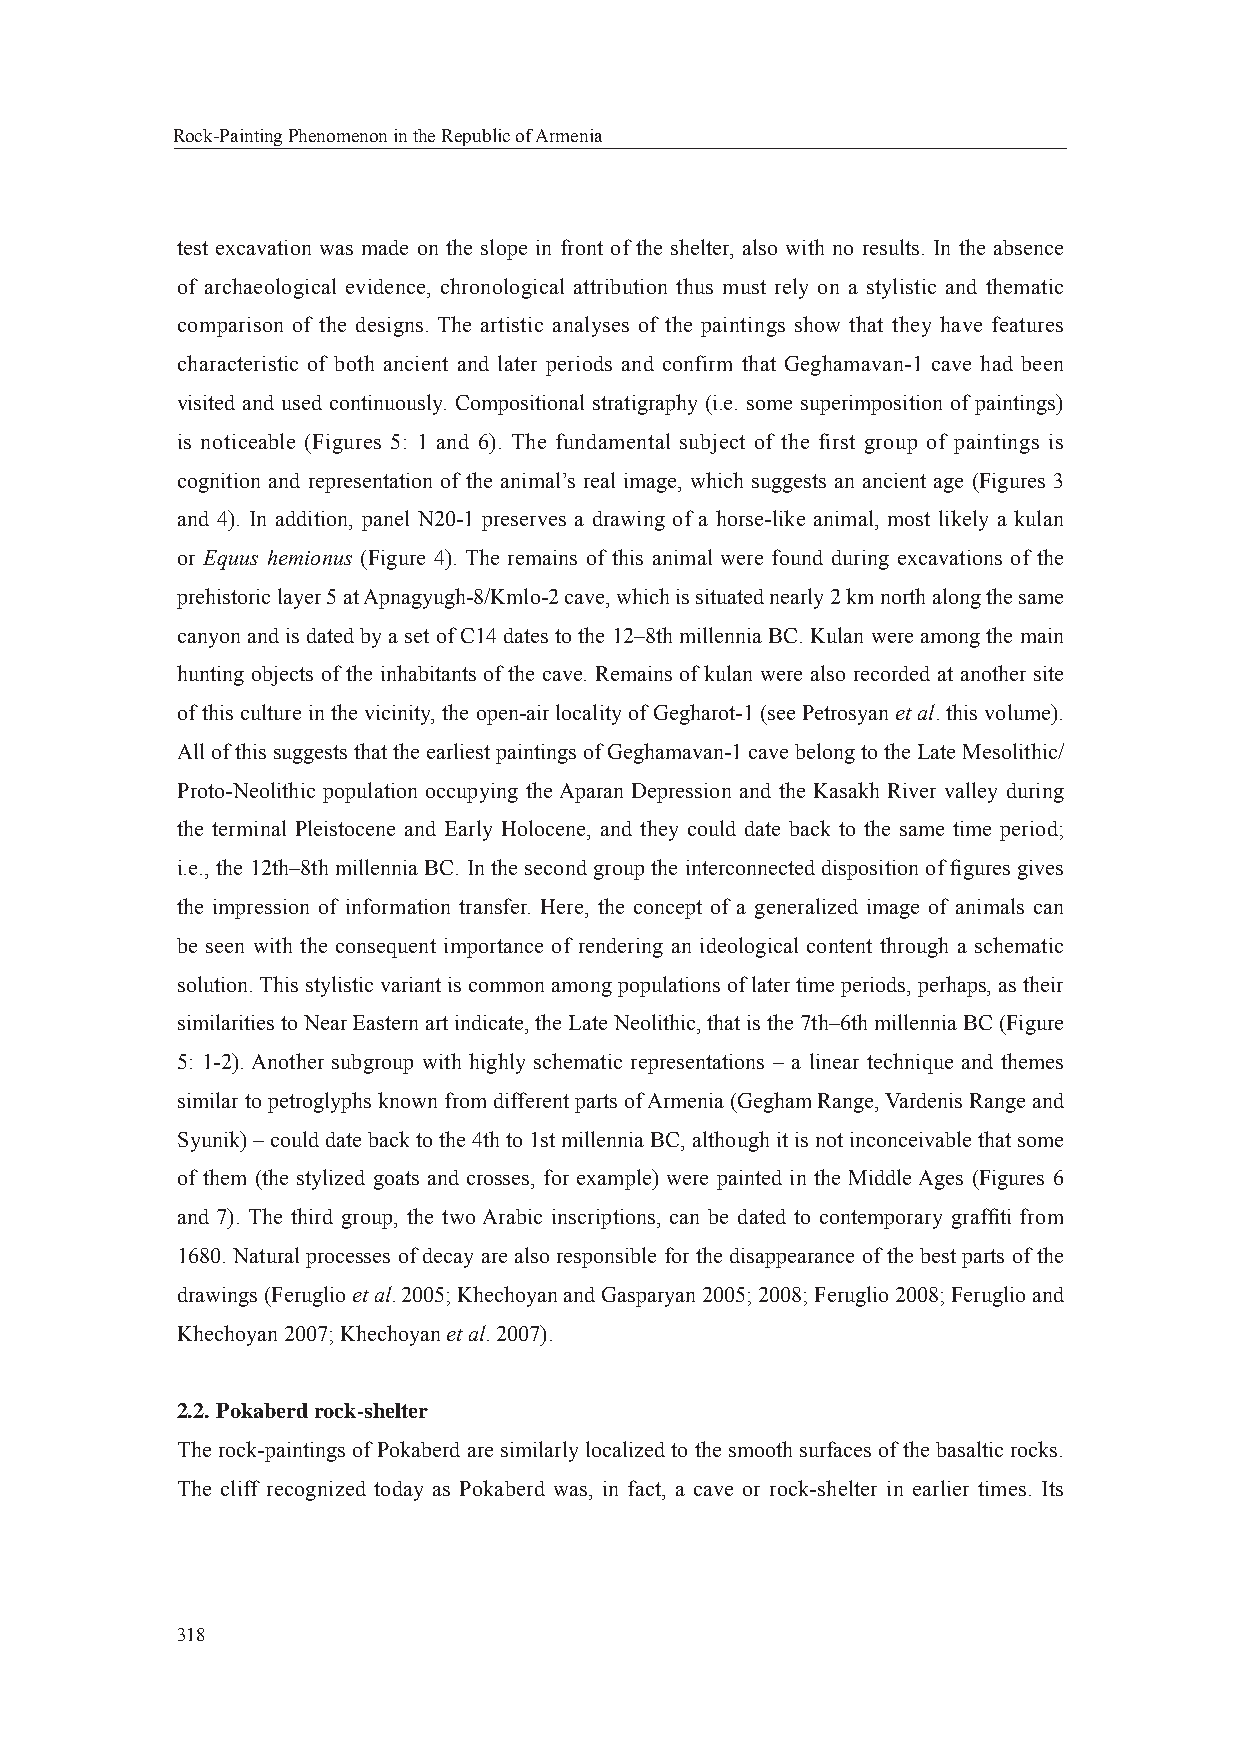
Rock-Painting Phenomenon in the Republic of Armenia
 test excavation was made on the slope in front of the shelter, also with no results. In the absence
 of archaeological evidence, chronological attribution thus must rely on a stylistic and thematic
 comparison of the designs. The artistic analyses of the paintings show that they have features
 characteristic of both ancient and later periods and confirm that Geghamavan-1 cave had been
 visited and used continuously. Compositional stratigraphy (i.e. some superimposition of paintings)
 is noticeable (Figures 5: 1 and 6). The fundamental subject of the first group of paintings is
 cognition and representation of the animal’s real image, which suggests an ancient age (Figures 3
 and 4). In addition, panel N20-1 preserves a drawing of a horse-like animal, most likely a kulan
 or Equus hemionus (Figure 4). The remains of this animal were found during excavations of the
 prehistoric layer 5 at Apnagyugh-8/Kmlo-2 cave, which is situated nearly 2 km north along the same
 canyon and is dated by a set of C14 dates to the 12–8th millennia BC. Kulan were among the main
 hunting objects of the inhabitants of the cave. Remains of kulan were also recorded at another site
 of this culture in the vicinity, the open-air locality of Gegharot-1 (see Petrosyan et al. this volume).
 All of this suggests that the earliest paintings of Geghamavan-1 cave belong to the Late Mesolithic/
 Proto-Neolithic population occupying the Aparan Depression and the Kasakh River valley during
 the terminal Pleistocene and Early Holocene, and they could date back to the same time period;
 i.e., the 12th–8th millennia BC. In the second group the interconnected disposition of fi gures gives
 the impression of information transfer. Here, the concept of a generalized image of animals can
 be seen with the consequent importance of rendering an ideological content through a schematic
 solution. This stylistic variant is common among populations of later time periods, perhaps, as their
 similarities to Near Eastern art indicate, the Late Neolithic, that is the 7th–6th millennia BC (Figure
 5: 1-2). Another subgroup with highly schematic representations – a linear technique and themes
 similar to petroglyphs known from different parts of Armenia (Gegham Range, Vardenis Range and
 Syunik) – could date back to the 4th to 1st millennia BC, although it is not inconceivable that some
 of them (the stylized goats and crosses, for example) were painted in the Middle Ages (Figures 6
 and 7). The third group, the two Arabic inscriptions, can be dated to contemporary graffi ti from
 1680. Natural processes of decay are also responsible for the disappearance of the best parts of the
 drawings (Feruglio et al. 2005; Khechoyan and Gasparyan 2005; 2008; Feruglio 2008; Feruglio and
 Khechoyan 2007; Khechoyan et al. 2007).
 2.2. Pokaberd rock-shelter
 The rock-paintings of Pokaberd are similarly localized to the smooth surfaces of the basaltic rocks.
 The cliff recognized today as Pokaberd was, in fact, a cave or rock-shelter in earlier times. Its
 318